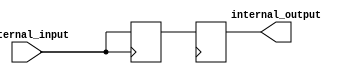
module io_buffer (
    input wire external_input,
    output wire internal_output
);

reg internal_register;
reg internal_driver;

assign internal_output = internal_driver;

always @ (posedge external_input) begin
    internal_register <= external_input;
end

always @ (posedge internal_clock) begin
    internal_driver <= internal_register;
end

endmodule